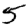
Digit: 5